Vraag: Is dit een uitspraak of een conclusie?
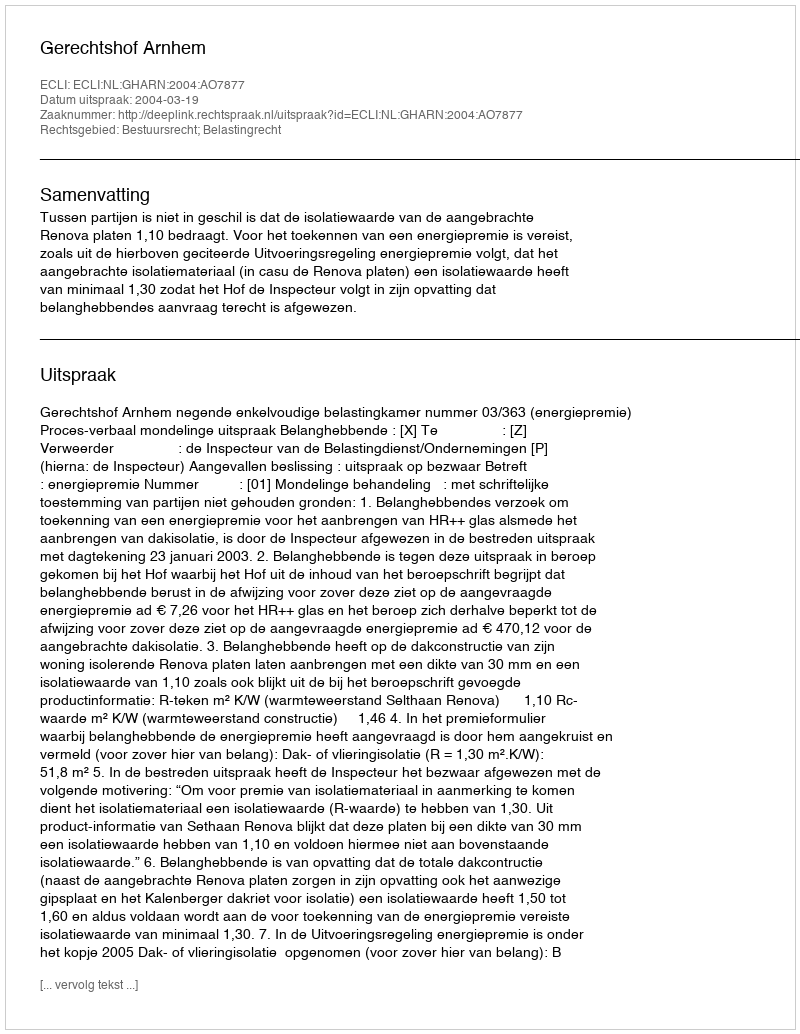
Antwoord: Uitspraak